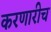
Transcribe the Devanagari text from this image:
करणारीच